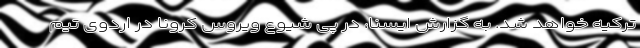
ترکیه خواهد شد. به گزارش ایسنا، در پی شیوع ویروس کرونا در اردوی تیم